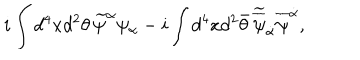
i \int d ^ { 4 } x d ^ { 2 } \theta \, \widetilde \psi ^ { \alpha } \psi _ { \alpha } - i \int d ^ { 4 } x d ^ { 2 } \bar { \theta } \, \widetilde { \overline { { \psi } } } _ { \dot { \alpha } } \overline { { \psi } } ^ { \dot { \alpha } } ,